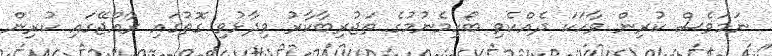
ނަމަވެސް ކުރިން ވާހަކަ ދެއްކެވި ބޯހިމެނުމުގެ ތަޖުރިބާކާރު ވިދާޅުވި ގޮތުގައި ރާއްޖޭގައި ކުރިން